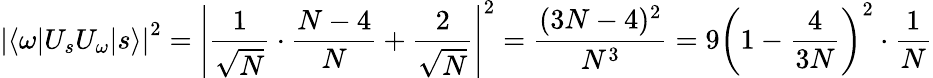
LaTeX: \left|\langle\omega|U_{s}U_{\omega}|s\rangle\right|^{2}=\left|{\frac{1}{\sqrt{N}}}\cdot{\frac{N-4}{N}}+{\frac{2}{\sqrt{N}}}\right|^{2}={\frac{(3N-4)^{2}}{N^{3}}}=9\left(1-{\frac{4}{3N}}\right)^{2}\cdot{\frac{1}{N}}